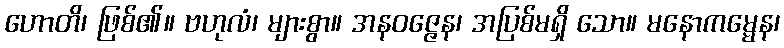
ဟောတိ၊ ဖြစ်၏။ ဗဟုလံ၊ များစွာ။ အနဝဇ္ဇေန၊ အပြစ်မရှိ သော။ မနောကမ္မေန၊